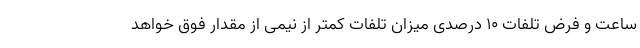
ساعت و فرض تلفات ١٠ درصدی میزان تلفات کمتر از نیمی از مقدار فوق خواهد